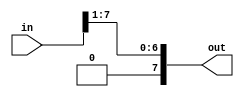
`timescale 1ns / 1ps

module mul_LUT_50(
    input   [7:0]       in,
    output  [7:0]       out
    );
    assign out = {1'b0, in[7:1]};

endmodule